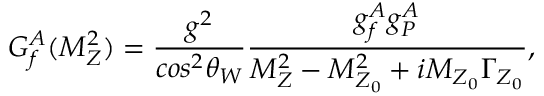
G _ { f } ^ { A } ( M _ { Z } ^ { 2 } ) = \frac { g ^ { 2 } } { c o s ^ { 2 } \theta _ { W } } \frac { g _ { f } ^ { A } g _ { \cal P } ^ { A } } { M _ { Z } ^ { 2 } - M _ { Z _ { 0 } } ^ { 2 } + i M _ { Z _ { 0 } } \Gamma _ { Z _ { 0 } } } ,